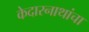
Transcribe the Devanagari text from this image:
केदारनाथांचा